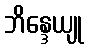
ဘိန္ဒေယျု